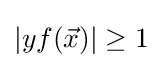
|yf({\vec {x}})|\geq 1